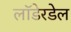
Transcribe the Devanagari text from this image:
लॉडेरडेल